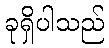
ခုရှိပါသည်